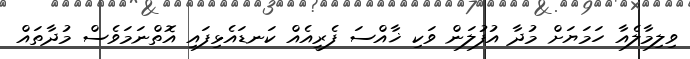
ވިލިމާލެއާ ހަމަޔަށް މުދާ އުފުލަން ވަކި ޚާއްސަ ފެރީއެއް ކަނޑައެޅިފައި އޮތްނަމަވެސް މުދާތައް